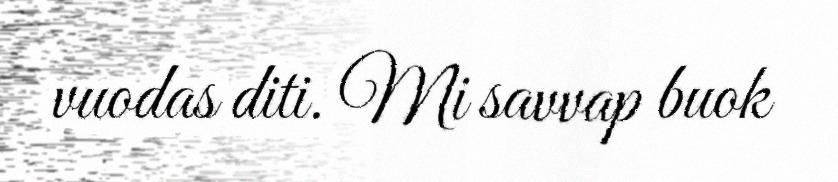
vuodas diti. Mi savvap buok